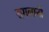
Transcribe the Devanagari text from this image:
सगलानी